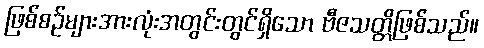
ဖြစ်စဉ်များအားလုံးအတွင်းတွင်ရှိသော ဗီဇသတ္တိဖြစ်သည်။